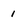
Character: 1